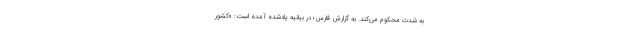
به شدت محکوم می‌کند. به گزارش فارس؛ در بیانیه یادشده آمده است: «کشور